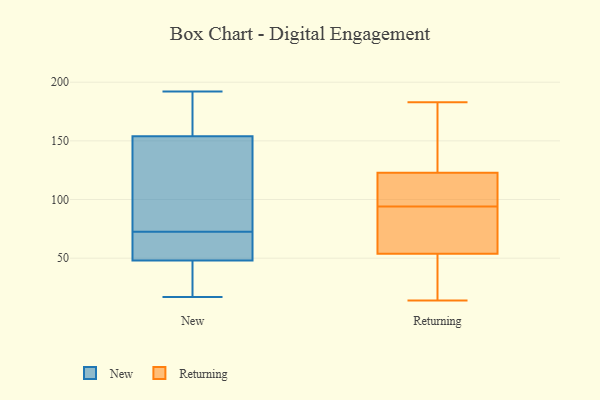
{"axis": {"x": "Satisfaction Score", "y": "Value"}, "legend": ["New", "Returning"], "data": [{"x": "", "y": 87, "type": "New"}, {"x": "", "y": 45, "type": "New"}, {"x": "", "y": 177, "type": "New"}, {"x": "", "y": 84, "type": "New"}, {"x": "", "y": 166, "type": "New"}, {"x": "", "y": 154, "type": "New"}, {"x": "", "y": 60, "type": "New"}, {"x": "", "y": 192, "type": "New"}, {"x": "", "y": 48, "type": "New"}, {"x": "", "y": 124, "type": "New"}, {"x": "", "y": 20, "type": "New"}, {"x": "", "y": 17, "type": "New"}, {"x": "", "y": 52, "type": "New"}, {"x": "", "y": 61, "type": "New"}, {"x": "", "y": 89, "type": "Returning"}, {"x": "", "y": 116, "type": "Returning"}, {"x": "", "y": 24, "type": "Returning"}, {"x": "", "y": 97, "type": "Returning"}, {"x": "", "y": 120, "type": "Returning"}, {"x": "", "y": 94, "type": "Returning"}, {"x": "", "y": 183, "type": "Returning"}, {"x": "", "y": 148, "type": "Returning"}, {"x": "", "y": 41, "type": "Returning"}, {"x": "", "y": 131, "type": "Returning"}, {"x": "", "y": 90, "type": "Returning"}, {"x": "", "y": 14, "type": "Returning"}, {"x": "", "y": 27, "type": "Returning"}, {"x": "", "y": 99, "type": "Returning"}, {"x": "", "y": 149, "type": "Returning"}, {"x": "", "y": 66, "type": "Returning"}, {"x": "", "y": 58, "type": "Returning"}]}